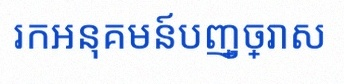
រកអនុគមន៍បញ្ច្រាស